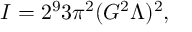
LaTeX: I = 2 ^ { 9 } 3 \pi ^ { 2 } ( G ^ { 2 } \Lambda ) ^ { 2 } ,